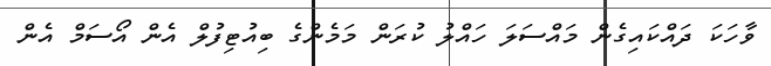
ވާހަކަ ދައްކައިގެން މައްސަލަ ހައްލު ކުރަން މަމެންގެ ބިއުޓިފުލް އެން އޯސަމް އެން